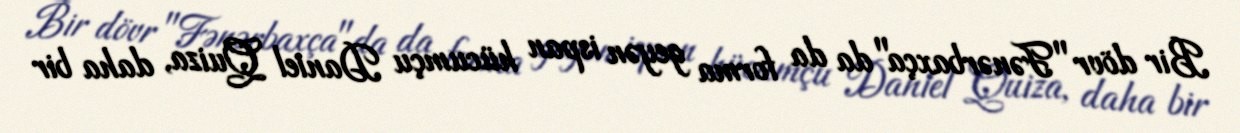
Bir dövr "Fənərbaxça"da da forma geyən ispan hücumçu Daniel Quiza, daha bir